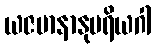
ယဇမာနာနုပရိယဂါ